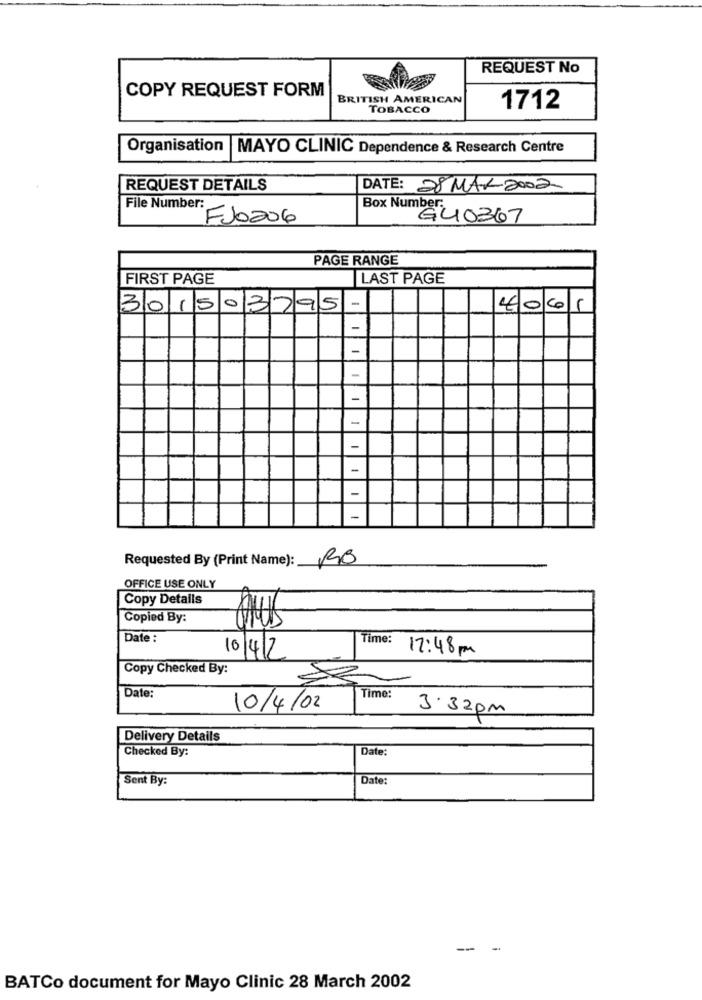
REQUEST No
COPY REQUEST FORM
BRITISH AMERICAN
TOBACCO
1712
Organisation |MAYO CLINIC Dependence & Research Centre
REQUEST DETAILS
DATE: 28 MAR 2002
File Number:
Box Number
FJO206
G40367
PAGE RANGE
FIRST PAGE
LAST PAGE
-
301503795
4061
-
-
-
-
-
-
-
-
-
Requested By (Print Name): RB
OFFICE USE ONLY
Copy Details
Copied By:
Date :
Time:
10/4/7
17:48 pm
Copy Checked By:
Date:
Time:
10/4/02
3.32 pm
Delivery Details
Checked By:
Date:
Sent By:
Date:
--
BATCo document for Mayo Clinic 28 March 2002